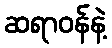
ဆရာဝန်နဲ့